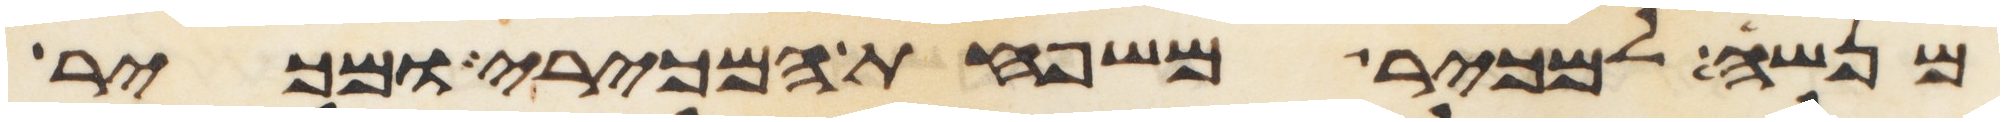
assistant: מנשה למכיר משפחת המכירי ומכיר